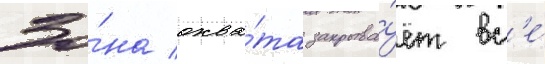
Зо́на охва́та закрыва́ет вс'е́